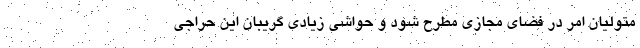
متولیان امر در فضای مجازی مطرح شود و حواشی زیادی گریبان این حراجی